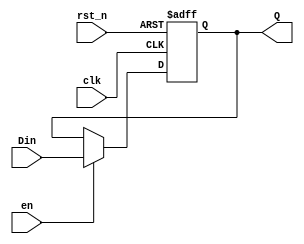
module reg_unit (
  Din,
  en,
  rst_n,
  clk,
  Q
);

  input         Din;    //
  input         en;     // 
  input         rst_n;  // 
  input         clk;    //
  output        Q;      //

  reg           Q;
  always @ ( posedge clk or negedge rst_n ) begin
    if ( ~rst_n ) begin
      Q       <= 1'b0;
    end 
    else if ( en ) begin
     Q       <= Din;
    end
    else begin
     Q       <= Q;
    end
  end
endmodule